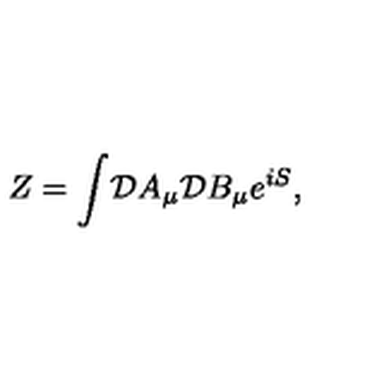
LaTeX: Z = \int \! { \cal D } A _ { \mu } { \cal D } B _ { \mu } e ^ { i S } ,